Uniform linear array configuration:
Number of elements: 24
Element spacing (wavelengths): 1
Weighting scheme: hann
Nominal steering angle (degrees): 0
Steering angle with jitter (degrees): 1.727
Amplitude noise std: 0.05
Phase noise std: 0.05

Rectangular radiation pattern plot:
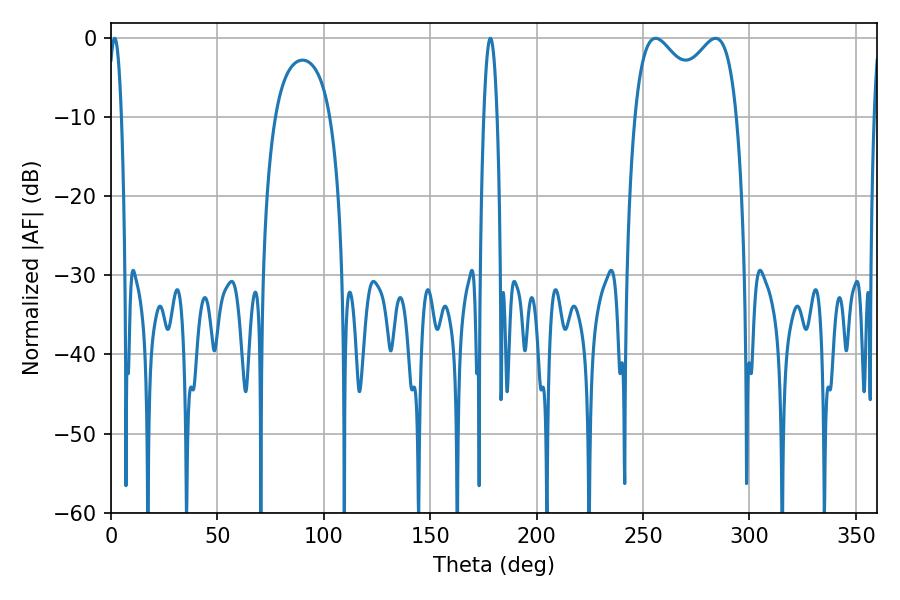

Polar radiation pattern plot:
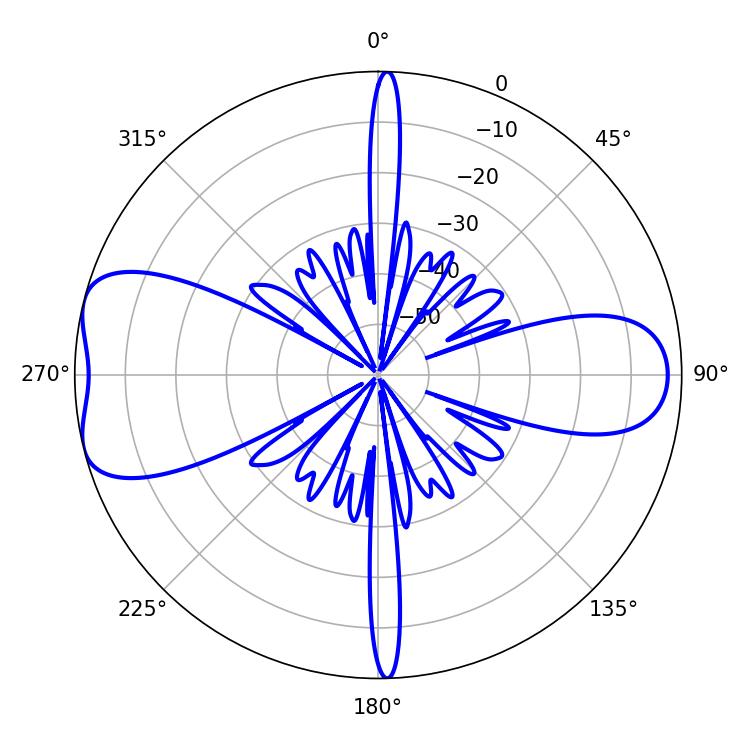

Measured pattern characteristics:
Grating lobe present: TRUE
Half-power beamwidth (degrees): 40.32
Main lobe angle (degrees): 255.96